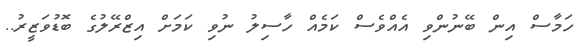
ހަމާސް އިން ބޭނުންވި އެއްވެސް ކަމެއް ހާސިލު ނުވި ކަމަށް އިޒްރޭލުގެ ބޮޑުވަޒީރު..